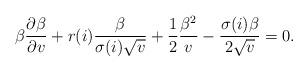
LaTeX: \begin{align*}\beta\frac{\partial \beta}{\partial v}+r(i)\frac{\beta}{\sigma(i) \sqrt{v}}+\frac{1}{2}\frac{\beta^2}{v}-\frac{\sigma (i)\beta}{2\sqrt{v}}=0.\end{align*}